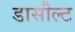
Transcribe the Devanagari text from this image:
डासौल्ट